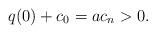
LaTeX: \begin{align*}q(0)+c_0=ac_{n}>0.\end{align*}